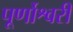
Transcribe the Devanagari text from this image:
पूर्णोश्वरी